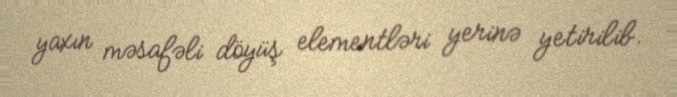
yaxın məsafəli döyüş elementləri yerinə yetirilib.